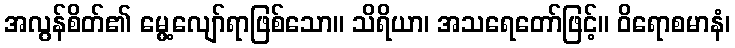
အလွန်စိတ်၏ မွေ့လျော်ရာဖြစ်သော။ သိရိယာ၊ အသရေတော်ဖြင့်။ ဝိရောစမာနံ၊